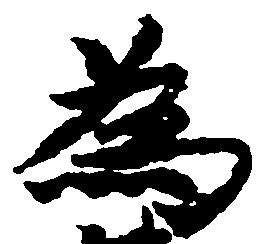
為